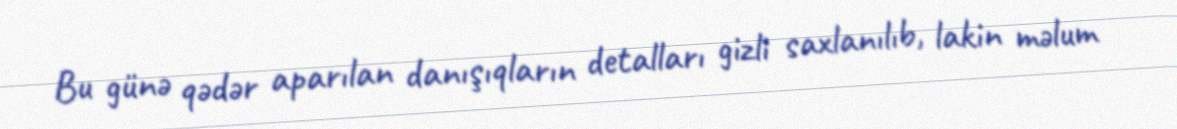
Bu günə qədər aparılan danışıqların detalları gizli saxlanılıb, lakin məlum